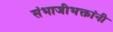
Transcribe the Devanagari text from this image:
संभाजीभक्तांनी